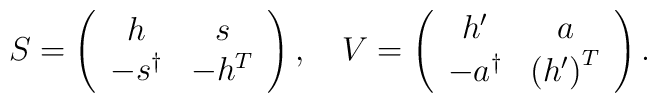
S=\left(\begin{array}{cc}h & s \\-s^{\dagger } & -h^{T}\end{array}\right) ,\quad V=\left(\begin{array}{cc}h^{\prime } & a \\-a^{\dagger } & \left( h^{\prime }\right) ^{T}\end{array}\right) .